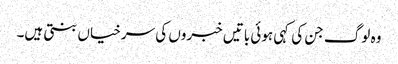
وہ لوگ جن کی کہی ہوئی باتیں خبروں کی سرخیاں بنتی ہیں۔